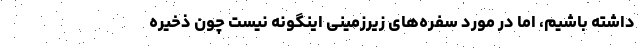
داشته باشیم، اما در مورد سفره‌های زیرزمینی اینگونه نیست چون ذخیره